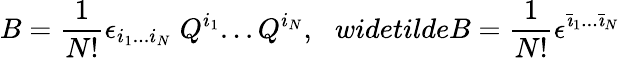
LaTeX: B=\frac 1{N!}\epsilon_{i_{1}...i_{N}}\; Q^{i_{1}}...Q^{i_{N}},\ \ \, widetilde{B}=\frac 1{N!}\epsilon^{{\bar{\imath}}_{1}...{\bar{\imath}}_{N}}\;